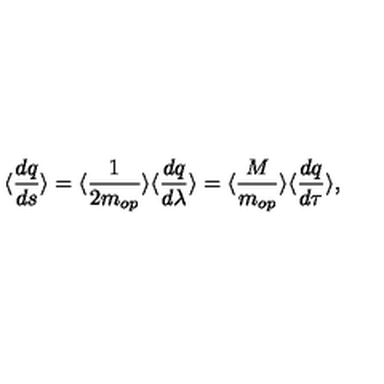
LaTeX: \langle \frac { d q } { d s } \rangle = \langle \frac { 1 } { 2 m _ { o p } } \rangle \langle \frac { d q } { d \lambda } \rangle = \langle \frac { M } { m _ { o p } } \rangle \langle \frac { d q } { d \tau } \rangle ,